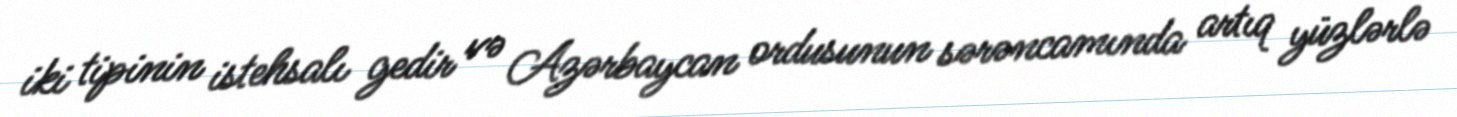
iki tipinin istehsalı gedir və Azərbaycan ordusunun sərəncamında artıq yüzlərlə